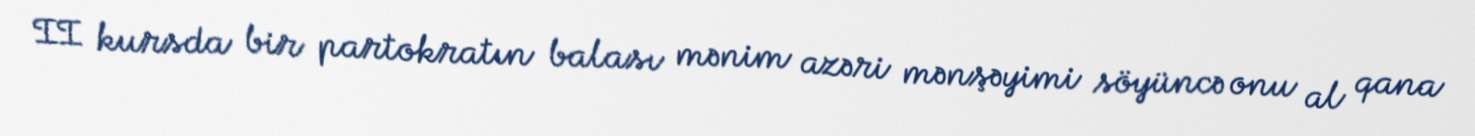
II kursda bir partokratın balası mənim azəri mənşəyimi söyüncə onu al qana